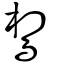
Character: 𪂼